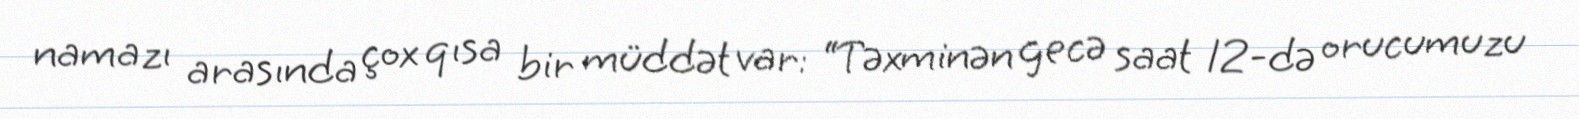
namazı arasında çox qısa bir müddət var: “Təxminən gecə saat 12-də orucumuzu